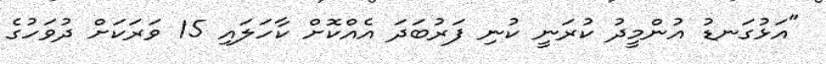
"އަޅުގަނޑު އުންމީދު ކުރަނީ ކުނި ފަރުބަދަ އެއްކޮށް ކާހަލައި 15 ވަރަކަށް ދުވަހުގެ